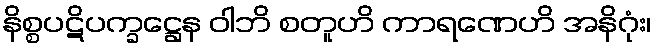
နိစ္စပဋိပက္ခဋ္ဌေန ဝါဘိ စတူဟိ ကာရဏေဟိ အနိဂုံး၊